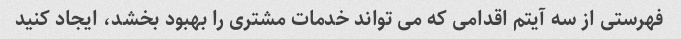
فهرستی از سه آیتم اقدامی که می تواند خدمات مشتری را بهبود بخشد، ایجاد کنید